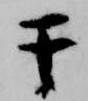
于